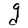
Character: g